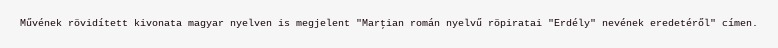
Művének rövidített kivonata magyar nyelven is megjelent "Marţian román nyelvű röpiratai "Erdély" nevének eredetéről" címen.